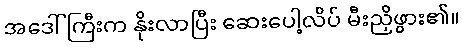
အဒေါ်ကြီးက နိုးလာပြီး ဆေးပေါ့လိပ် မီးညှိဖွား၏။